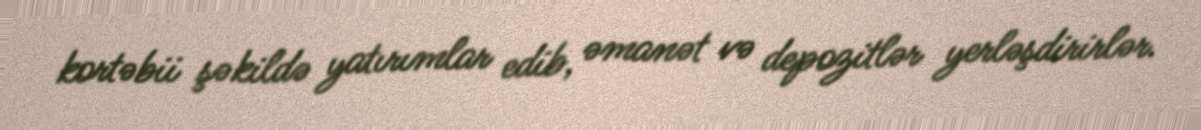
kortəbii şəkildə yatırımlar edib, əmanət və depozitlər yerləşdirirlər.